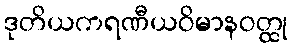
ဒုတိယကရဏီယဝိမာနဝတ္ထု